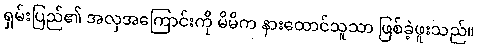
ရှမ်းပြည်၏ အလှအကြောင်းကို မိမိက နားထောင်သူသာ ဖြစ်ခဲ့ဖူးသည်။